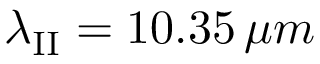
\lambda _ { \mathrm { I I } } = 1 0 . 3 5 \, \mu m